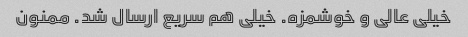
خیلی عالی و خوشمزه. خیلی هم سریع ارسال شد. ممنون